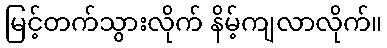
မြင့်တက်သွားလိုက် နိမ့်ကျလာလိုက်။